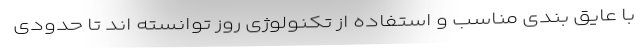
با عایق بندی مناسب و استفاده از تکنولوژی روز توانسته اند تا حدودی